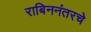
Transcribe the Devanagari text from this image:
राबिननंतरचे